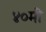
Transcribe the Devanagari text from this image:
४०मी